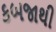
કબજાથી